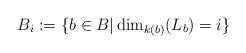
LaTeX: \begin{align*}B_i:= \{ b \in B \vert \dim_{k(b)}(L_b)=i \}\end{align*}